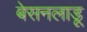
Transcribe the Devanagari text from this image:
बेसनलाडू